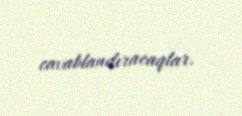
cavablandıracaqlar.